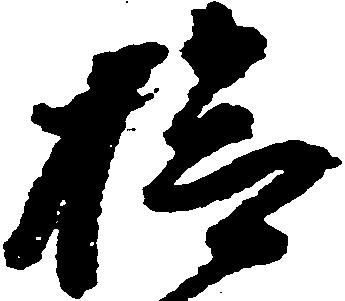
検